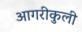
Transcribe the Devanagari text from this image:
आगरीकुली